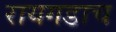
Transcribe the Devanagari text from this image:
रायगडाच